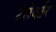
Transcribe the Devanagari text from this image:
टेलेवर्तन